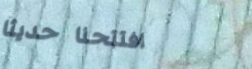
افتتحنا حديثاً